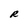
Character: R